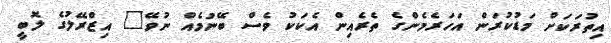
އިތުރަކަށް މަޑުކުރަން އަހަރެމެންގެ ތެރެއިން އެކަކު ވެސް ބޭނުމެއް ނުވޭ" އިޒްރޭލުގެ ލޮބީ